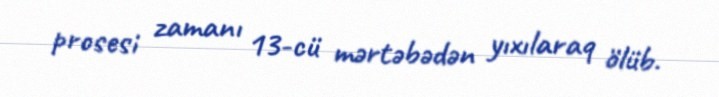
prosesi zamanı 13-cü mərtəbədən yıxılaraq ölüb.